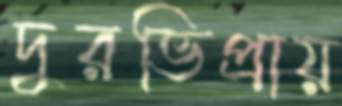
দুরভিপ্রায়